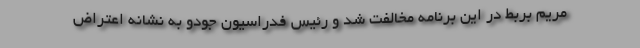
مریم بربط در این برنامه مخالفت شد و رئیس فدراسیون جودو به نشانه اعتراض